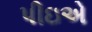
પીઇએ